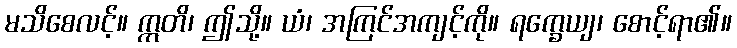
မသိစေလင့်။ ဣတိ၊ ဤသို့။ ယံ၊ အကြင်အကျင့်ကို။ ရက္ခေယျ၊ စောင့်ရာ၏။